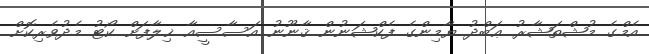
އެމްގެ މުޝްތަޝާރު ޢަބްދު ޔާމިންގެ ފެކްޝަނުން ޤާނޫނު އަސާސީއާ ޚިލާފަށް ކޯޓު މެދުވެރިކޮށް